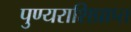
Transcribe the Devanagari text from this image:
पुण्यराशिप्राप्त